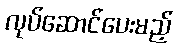
လုပ်ဆောင်ပေးမည့်